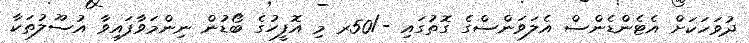
ދުވަހަކަށް އެޓެންޑެންސް އެލަވަންސްގެ ގޮތުގައި -/50ރ މި އޮފީހުގެ ބޯޑުން ނިންމަވާފައިވާ އުސޫލުތަކާ